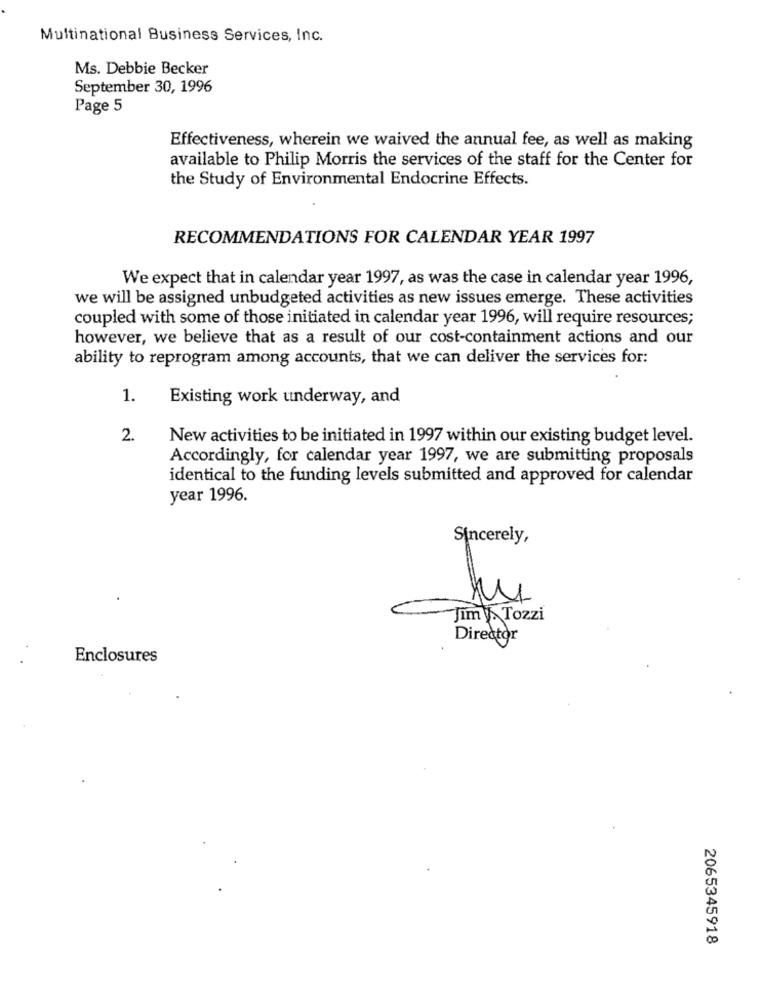
Multinational Business Services, Inc.
Ms. Debbie Becker
September 30, 1996
Page 5
Effectiveness, wherein we waived the annual fee, as well as making
available to Philip Morris the services of the staff for the Center for
the Study of Environmental Endocrine Effects.
RECOMMENDATIONS FOR CALENDAR YEAR 1997
We expect that in calendar year 1997, as was the case in calendar year 1996,
we will be assigned unbudgeted activities as new issues emerge. These activities
coupled with some of those initiated in calendar year 1996, will require resources;
however, we believe that as a result of our cost-containment actions and our
ability to reprogram among accounts, that we can deliver the services for:
1.
Existing work underway, and
2.
New activities to be initiated in 1997 within our existing budget level.
Accordingly, for calendar year 1997, we are submitting proposals
identical to the funding levels submitted and approved for calendar
year 1996.
Sincerely,
Jim Tozzi
Director
Enclosures
2065345918